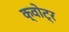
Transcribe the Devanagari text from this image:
क्वोट्र